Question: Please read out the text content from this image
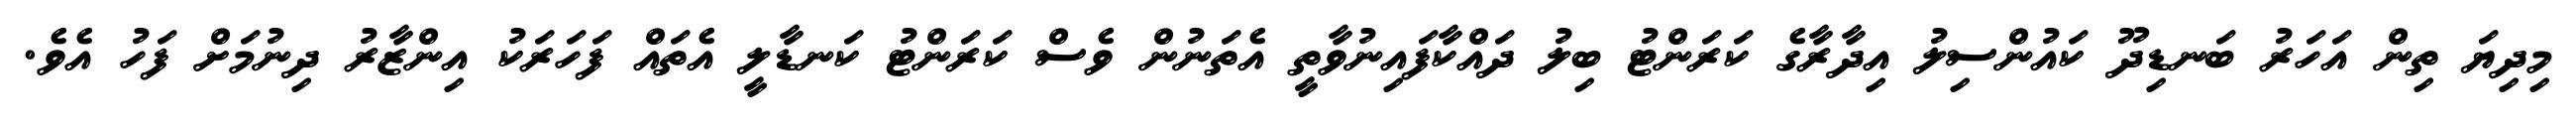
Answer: މިދިޔަ ތިން އަހަރު ބަނޑިދޫ ކައުންސިލު އިދާރާގެ ކަރަންޓު ބިލު ދައްކާފައިނުވާތީ އެތަނުން ވެސް ކަރަންޓު ކަނޑާލީ އެތައް ފަހަރަކު އިންޒާރު ދިނުމަށް ފަހު އެވެ.